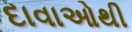
દાવાઓથી